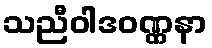
သညီဝါဒဝဏ္ဏနာ